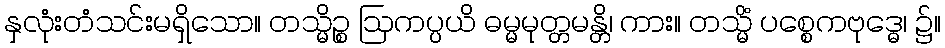
နှလုံးတံသင်းမရှိသော။ တသ္မိဉ္စ ဩကပ္ပယိ ဓမ္မမုတ္တမန္တိ၊ ကား။ တသ္မိံ ပစ္စေကဗုဒ္ဓေ၊ ၌။